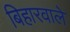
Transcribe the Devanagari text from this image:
बिहारवाले